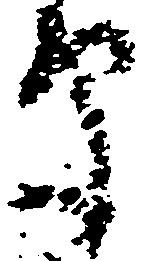
草